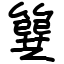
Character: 簨